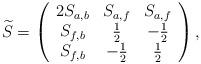
LaTeX: \begin{align*}\widetilde{S}=\left( \begin{array}{ccc}2 S_{a,b} & S_{a,f} & S_{a,f} \\S_{f,b} & \frac{1}{2} & - \frac{1}{2}\\S_{f,b} & -\frac{1}{2} & \frac{1}{2}\end{array} \right),\end{align*}